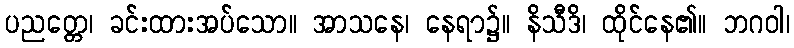
ပညတ္တေ၊ ခင်းထားအပ်သော။ အာသနေ၊ နေရာ၌။ နိသီဒိ၊ ထိုင်နေ၏။ ဘဂဝါ၊